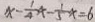
x - \frac { 1 } { 4 } x - \frac { 1 } { 5 } x = 6